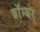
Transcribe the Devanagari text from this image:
बाॅम्बर